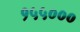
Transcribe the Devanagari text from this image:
१५५०००